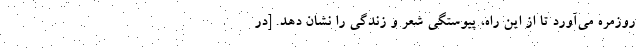
روزمرّه می‌آورد تا از این راه، پیوستگی شعر و زندگی را نشان دهد. [در